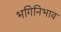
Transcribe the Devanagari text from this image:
भगिनिभाव